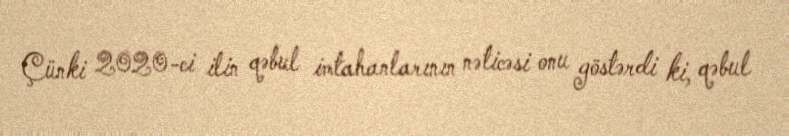
Çünki 2020-ci ilin qəbul imtahanlarının nəticəsi onu göstərdi ki, qəbul